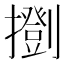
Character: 𢷚